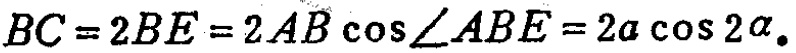
\(BC = 2BE = 2AB\cos\angle ABE = 2a\cos 2\alpha\)